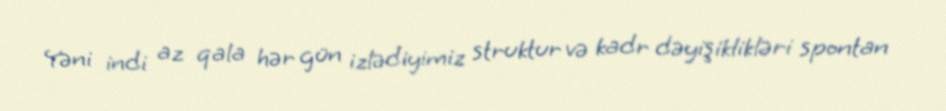
Yəni indi az qala hər gün izlədiyimiz struktur və kadr dəyişiklikləri spontan